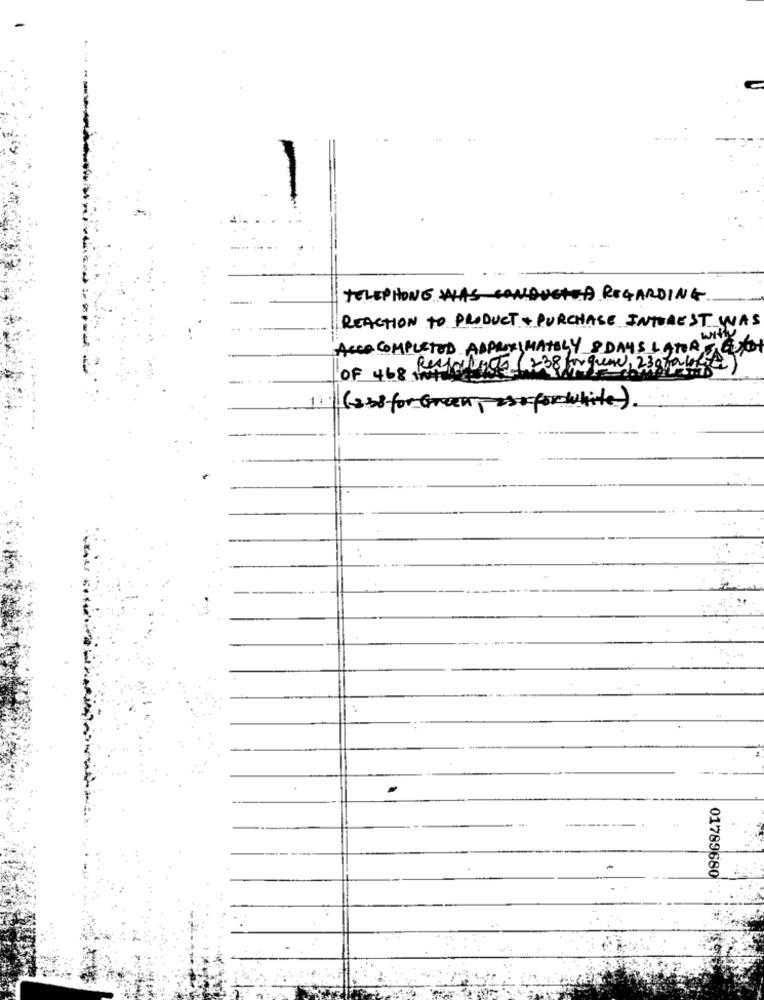
TELEPHONE WAS CONDUCTED REGARDING
REACTION TO PRODUCT + PURCHASE INTEREST WAS
ACCO COMPLETED APPROXIMATELY &DAYS LATORY CTO
Restoles (+38 mr queme, 230habe
OF 468 mm
( 33) for Green, forwhite ).
:
01789680